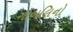
ગોબલિનો